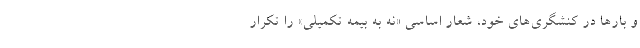
و بارها در کنشگری‌های خود، شعار اساسیِ «نه به بیمه تکمیلی» را تکرار